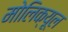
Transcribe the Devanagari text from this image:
मोलिक्यूल